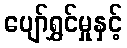
ပျော်ရွှင်မှုနှင့်